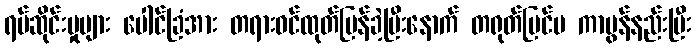
ရပ်ဆိုင်းမှုများ ပေါင်ခြံအား တရားဝင်ထုတ်ပြန်ခဲ့ပြီးနောက် တရုတ်ပြင်ပ ကာဗွန်နည်းပြီး